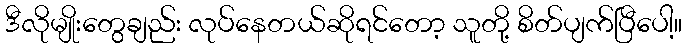
ဒီလိုမျိုးတွေချည်း လုပ်နေတယ်ဆိုရင်တော့ သူတို့ စိတ်ပျက်ပြီပေါ့။